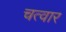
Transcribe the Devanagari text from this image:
चत्वार